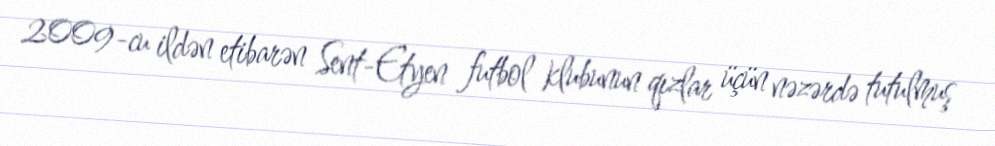
2009-cu ildən etibarən Sent-Etyen futbol klubunun qızlar üçün nəzərdə tutulmuş